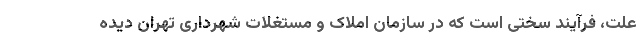
علت، فرآیند سختی است که در سازمان املاک و مستغلات شهرداری تهران دیده